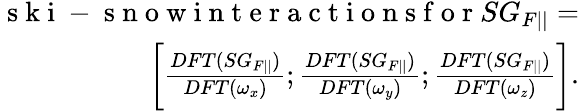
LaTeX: \begin{array}{r}{\mathrm{~s~k~i~-~s~n~o~w~i~n~t~e~r~a~c~t~i~o~n~s~f~o~r~}SG_{F||}=}\\ {\bigg[\frac{DFT(SG_{F||})}{DFT(\omega_{x})};\frac{DFT(SG_{F||})}{DFT(\omega_{y})};\frac{DFT(SG_{F||})}{DFT(\omega_{z})}\bigg].}\end{array}